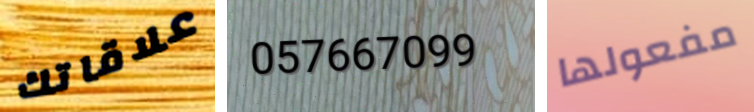
علاقاتك 057667099 مفعولها